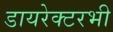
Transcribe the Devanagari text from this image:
डायरेक्टरभी